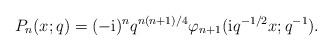
LaTeX: \begin{align*} P_{n}(x;q)=(-{\rm i})^{n}q^{n(n+1)/4}\varphi_{n+1}({\rm i}q^{-1/2}x;q^{-1}). \end{align*}